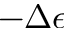
- \Delta \epsilon